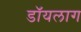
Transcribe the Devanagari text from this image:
डॉयलाग